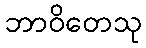
ဘာဝိတေသု